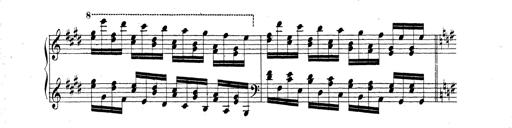
Title: Technische Studien
Composer: Franz Liszt